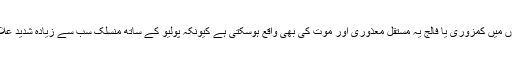
دونوں بازو، ٹانگوں میں کمزوری یا فالج یہ مستقل معذوری اور موت کی بھی واقع ہوسکتی ہے کیونکہ پولیو کے ساتھ منسلک سب سے زیادہ شدید علامت یہی ہوتی ہے۔